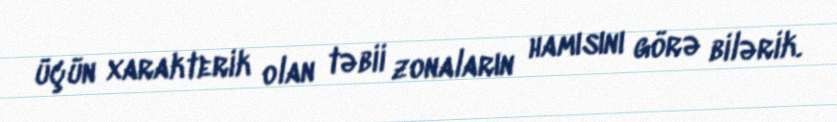
üçün xarakterik olan təbii zonaların hamısını görə bilərik.